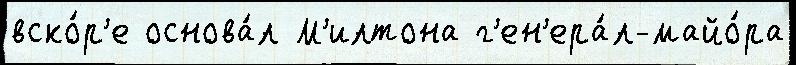
вско́р'е основа́л М'илтона г'ен'ера́л-майо́ра